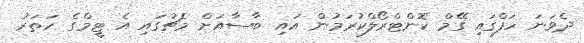
ދެވަނަ ހަފްގައި ގޭމް ކޮންޓްރޯލްކުރަމުން އައި ބާސާއަށް މެޗުގައި އެ ޓީމްގެ ހަތަރު